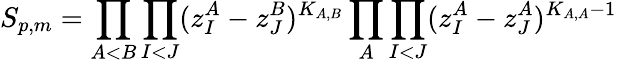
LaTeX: S_{p,m}=\prod_{A<B}\prod_{I<J}(z_{I}^{A}-z_{J}^{B})^{K_{A,B}}\prod_{A}\prod_{I<J}(z_{I}^{A}-z_{J}^{A})^{K_{A,A}-1}